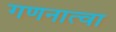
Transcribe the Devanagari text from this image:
गणनात्वा